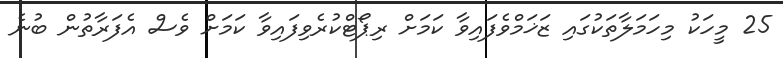
25 މީހަކު މިހަމަލާތަކުގައި ޒަޚަމްވެފައިވާ ކަމަށް ރިޕޯޓްކުރެވިފައިވާ ކަމަށް ވެސް އެފަރާތުން ބުނެ